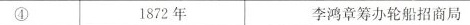
④ 1872年 李鸿章筹办轮船招商局